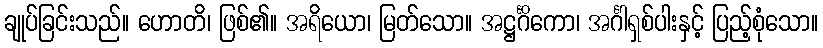
ချုပ်ခြင်းသည်။ ဟောတိ၊ ဖြစ်၏။ အရိယော၊ မြတ်သော။ အဋ္ဌင်္ဂိကော၊ အင်္ဂါရှစ်ပါးနှင့် ပြည့်စုံသော။